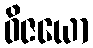
ဝိဇယော